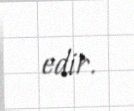
edir.